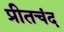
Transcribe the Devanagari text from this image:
प्रीतचंद